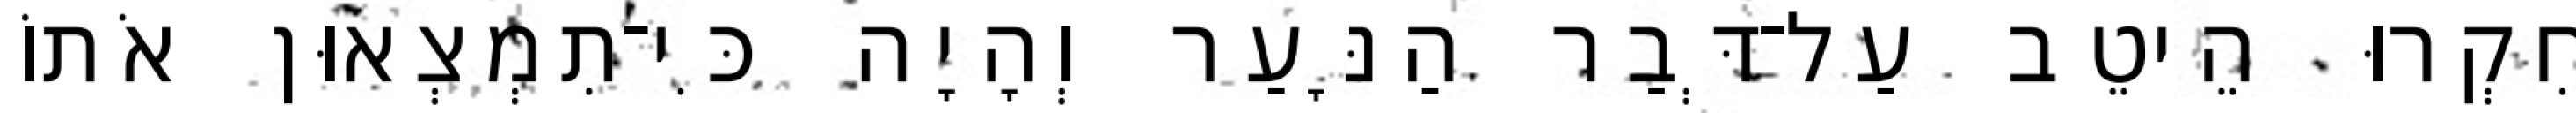
חִקְרוּ הֵיטֵב עַל־דְּבַר הַנָּעַר וְהָיָה כִּי־תִמְצְאוּן אֹתוֹ